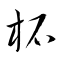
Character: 柘